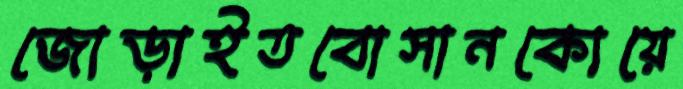
জোড়াইতবোসানকোয়ে